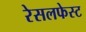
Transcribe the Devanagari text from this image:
रेसलफेस्ट